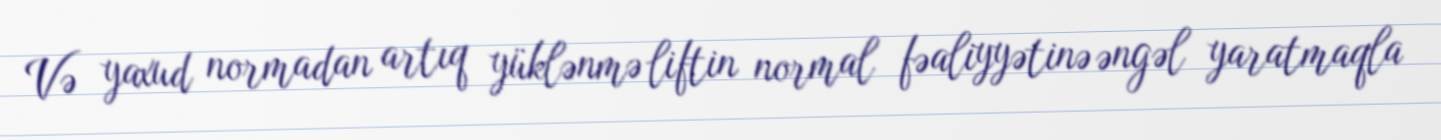
Və yaxud normadan artıq yüklənmə liftin normal fəaliyyətinə əngəl yaratmaqla